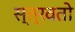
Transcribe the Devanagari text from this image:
स्त्रवतो